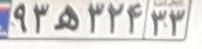
۹۳ه۳۲۴۳۳